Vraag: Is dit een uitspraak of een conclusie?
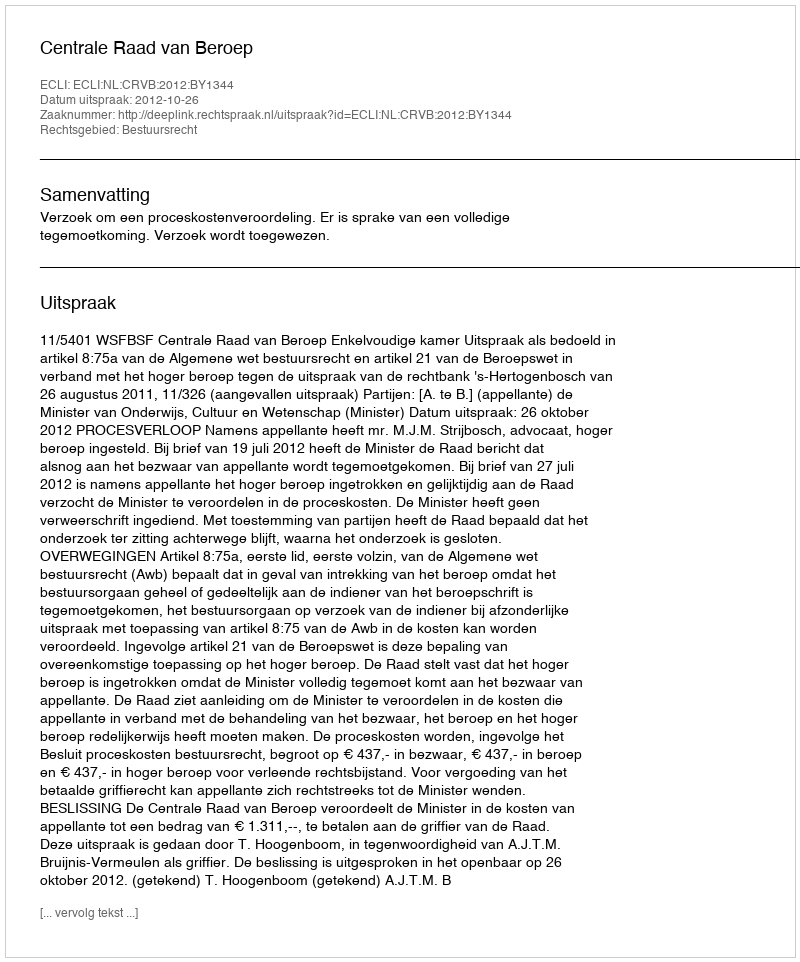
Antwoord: Uitspraak